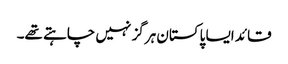
قائد ایسا پاکستان ہرگز نہیں چاہتے تھے۔